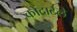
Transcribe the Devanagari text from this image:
कोंदाटले